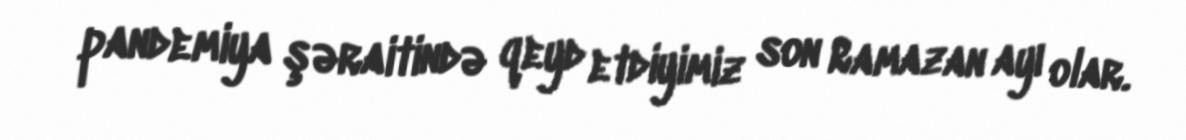
pandemiya şəraitində qeyd etdiyimiz son Ramazan ayı olar.